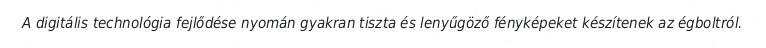
A digitális technológia fejlődése nyomán gyakran tiszta és lenyűgöző fényképeket készítenek az égboltról.